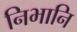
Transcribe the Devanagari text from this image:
निभानि